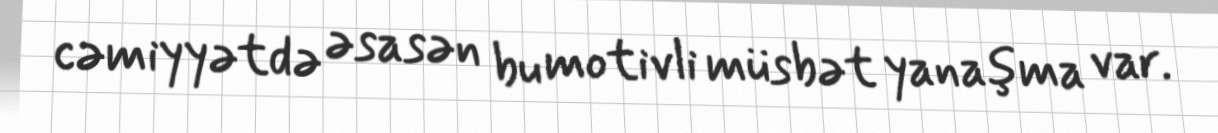
cəmiyyətdə əsasən bu motivli müsbət yanaşma var.